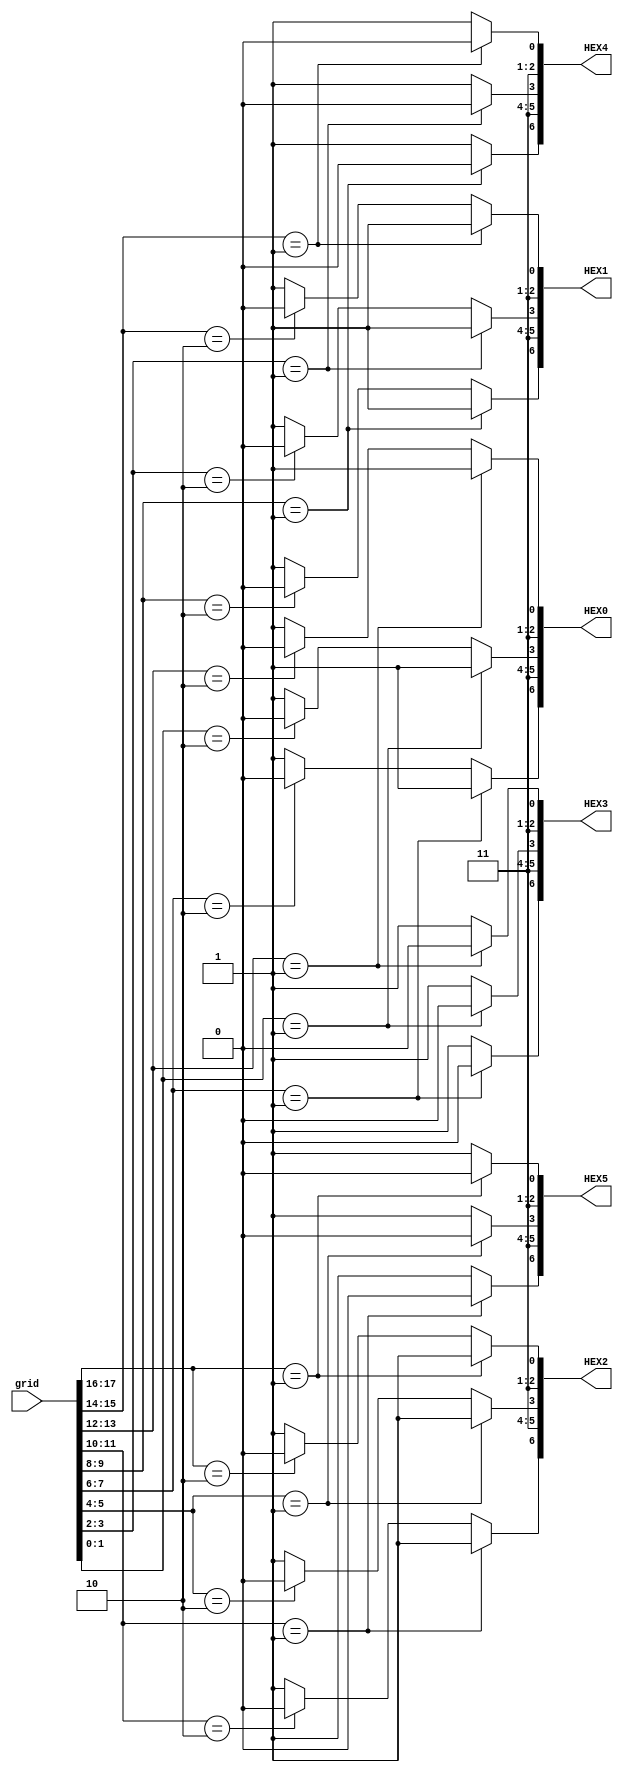
module GridDecoder(grid, HEX5, HEX4, HEX3, HEX2, HEX1, HEX0);
    input [17:0] grid;
    output reg [6:0] HEX5, HEX4, HEX3, HEX2, HEX1, HEX0;
	always @(*) begin
		HEX5 = 7'b1111111;
		HEX4 = 7'b1111111;
		HEX3 = 7'b1111111;
		HEX2 = 7'b1111111;
		HEX1 = 7'b1111111;
		HEX0 = 7'b1111111;
        if (grid[17:16] == 2'd1)
            HEX5[0] = 1'b0;
        else if (grid[17:16] == 2'd2) 
            HEX2[0] = 1'b0;
        if (grid[15:14] == 2'd1)
            HEX4[0] = 1'b0;
        else if (grid[15:14] == 2'd2) 
            HEX1[0] = 1'b0;
        if (grid[13:12] == 2'd1)
            HEX3[0] = 1'b0;
        else if (grid[13:12] == 2'd2) 
            HEX0[0] = 1'b0;
        if (grid[11:10] == 2'd1)
            HEX5[6] = 1'b0;
        else if (grid[11:10] == 2'd2) 
            HEX2[6] = 1'b0;
        if (grid[9:8] == 2'd1)
            HEX4[6] = 1'b0;
        else if (grid[9:8] == 2'd2) 
            HEX1[6] = 1'b0;
        if (grid[7:6] == 2'd1)
            HEX3[6] = 1'b0;
        else if (grid[7:6] == 2'd2) 
            HEX0[6] = 1'b0;
        if (grid[5:4] == 2'd1)
            HEX5[3] = 1'b0;
        else if (grid[5:4] == 2'd2) 
            HEX2[3] = 1'b0;
        if (grid[3:2] == 2'd1)
            HEX4[3] = 1'b0;
        else if (grid[3:2] == 2'd2) 
            HEX1[3] = 1'b0;
        if (grid[1:0] == 2'd1)
            HEX3[3] = 1'b0;
        else if (grid[1:0] == 2'd2) 
            HEX0[3] = 1'b0;
	end
endmodule